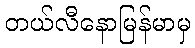
တယ်လီနောမြန်မာမှ